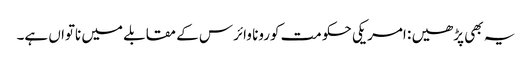
یہ بھی پڑھیں : امریکی حکومت کورونا وائرس کے مقابلے میں ناتواں ہے۔